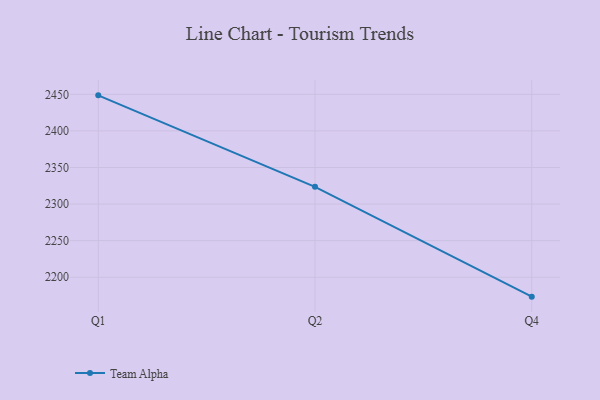
{"axis": {"x": "Quarter", "y": "Demand Index"}, "legend": ["Team Alpha"], "data": [{"x": "Q1", "y": 2448.6, "type": "Team Alpha"}, {"x": "Q2", "y": 2323.5, "type": "Team Alpha"}, {"x": "Q4", "y": 2173.4, "type": "Team Alpha"}]}